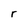
Character: r